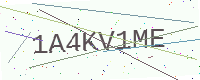
Text: 1A4KV1ME